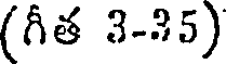
(గీత 3-35)